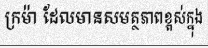
ក្រម៉ា ដែលមានសមត្ថភាពខ្ពស់ក្នុង